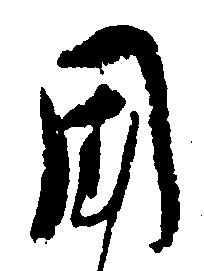
国